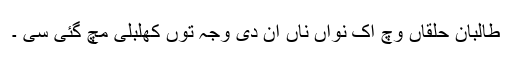
طالبان حلقاں وچ اک نواں ناں آن دی وجہ توں کھلبلی مچ گئی سی ۔